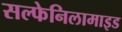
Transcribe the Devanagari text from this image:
सल्फेनिलामाइड